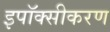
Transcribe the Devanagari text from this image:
इपॉक्सीकरण